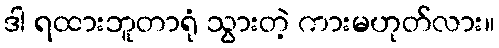
ဒါ ရထားဘူတာရုံ သွားတဲ့ ကားမဟုတ်လား။